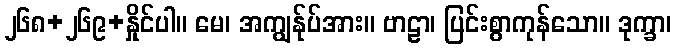
၂၆၈+၂၆၉+နှိုင်ပါ။ မေ၊ အကျွန်ုပ်အား။ ဗာဠာ၊ ပြင်းစွာကုန်သော။ ဒုက္ခာ၊